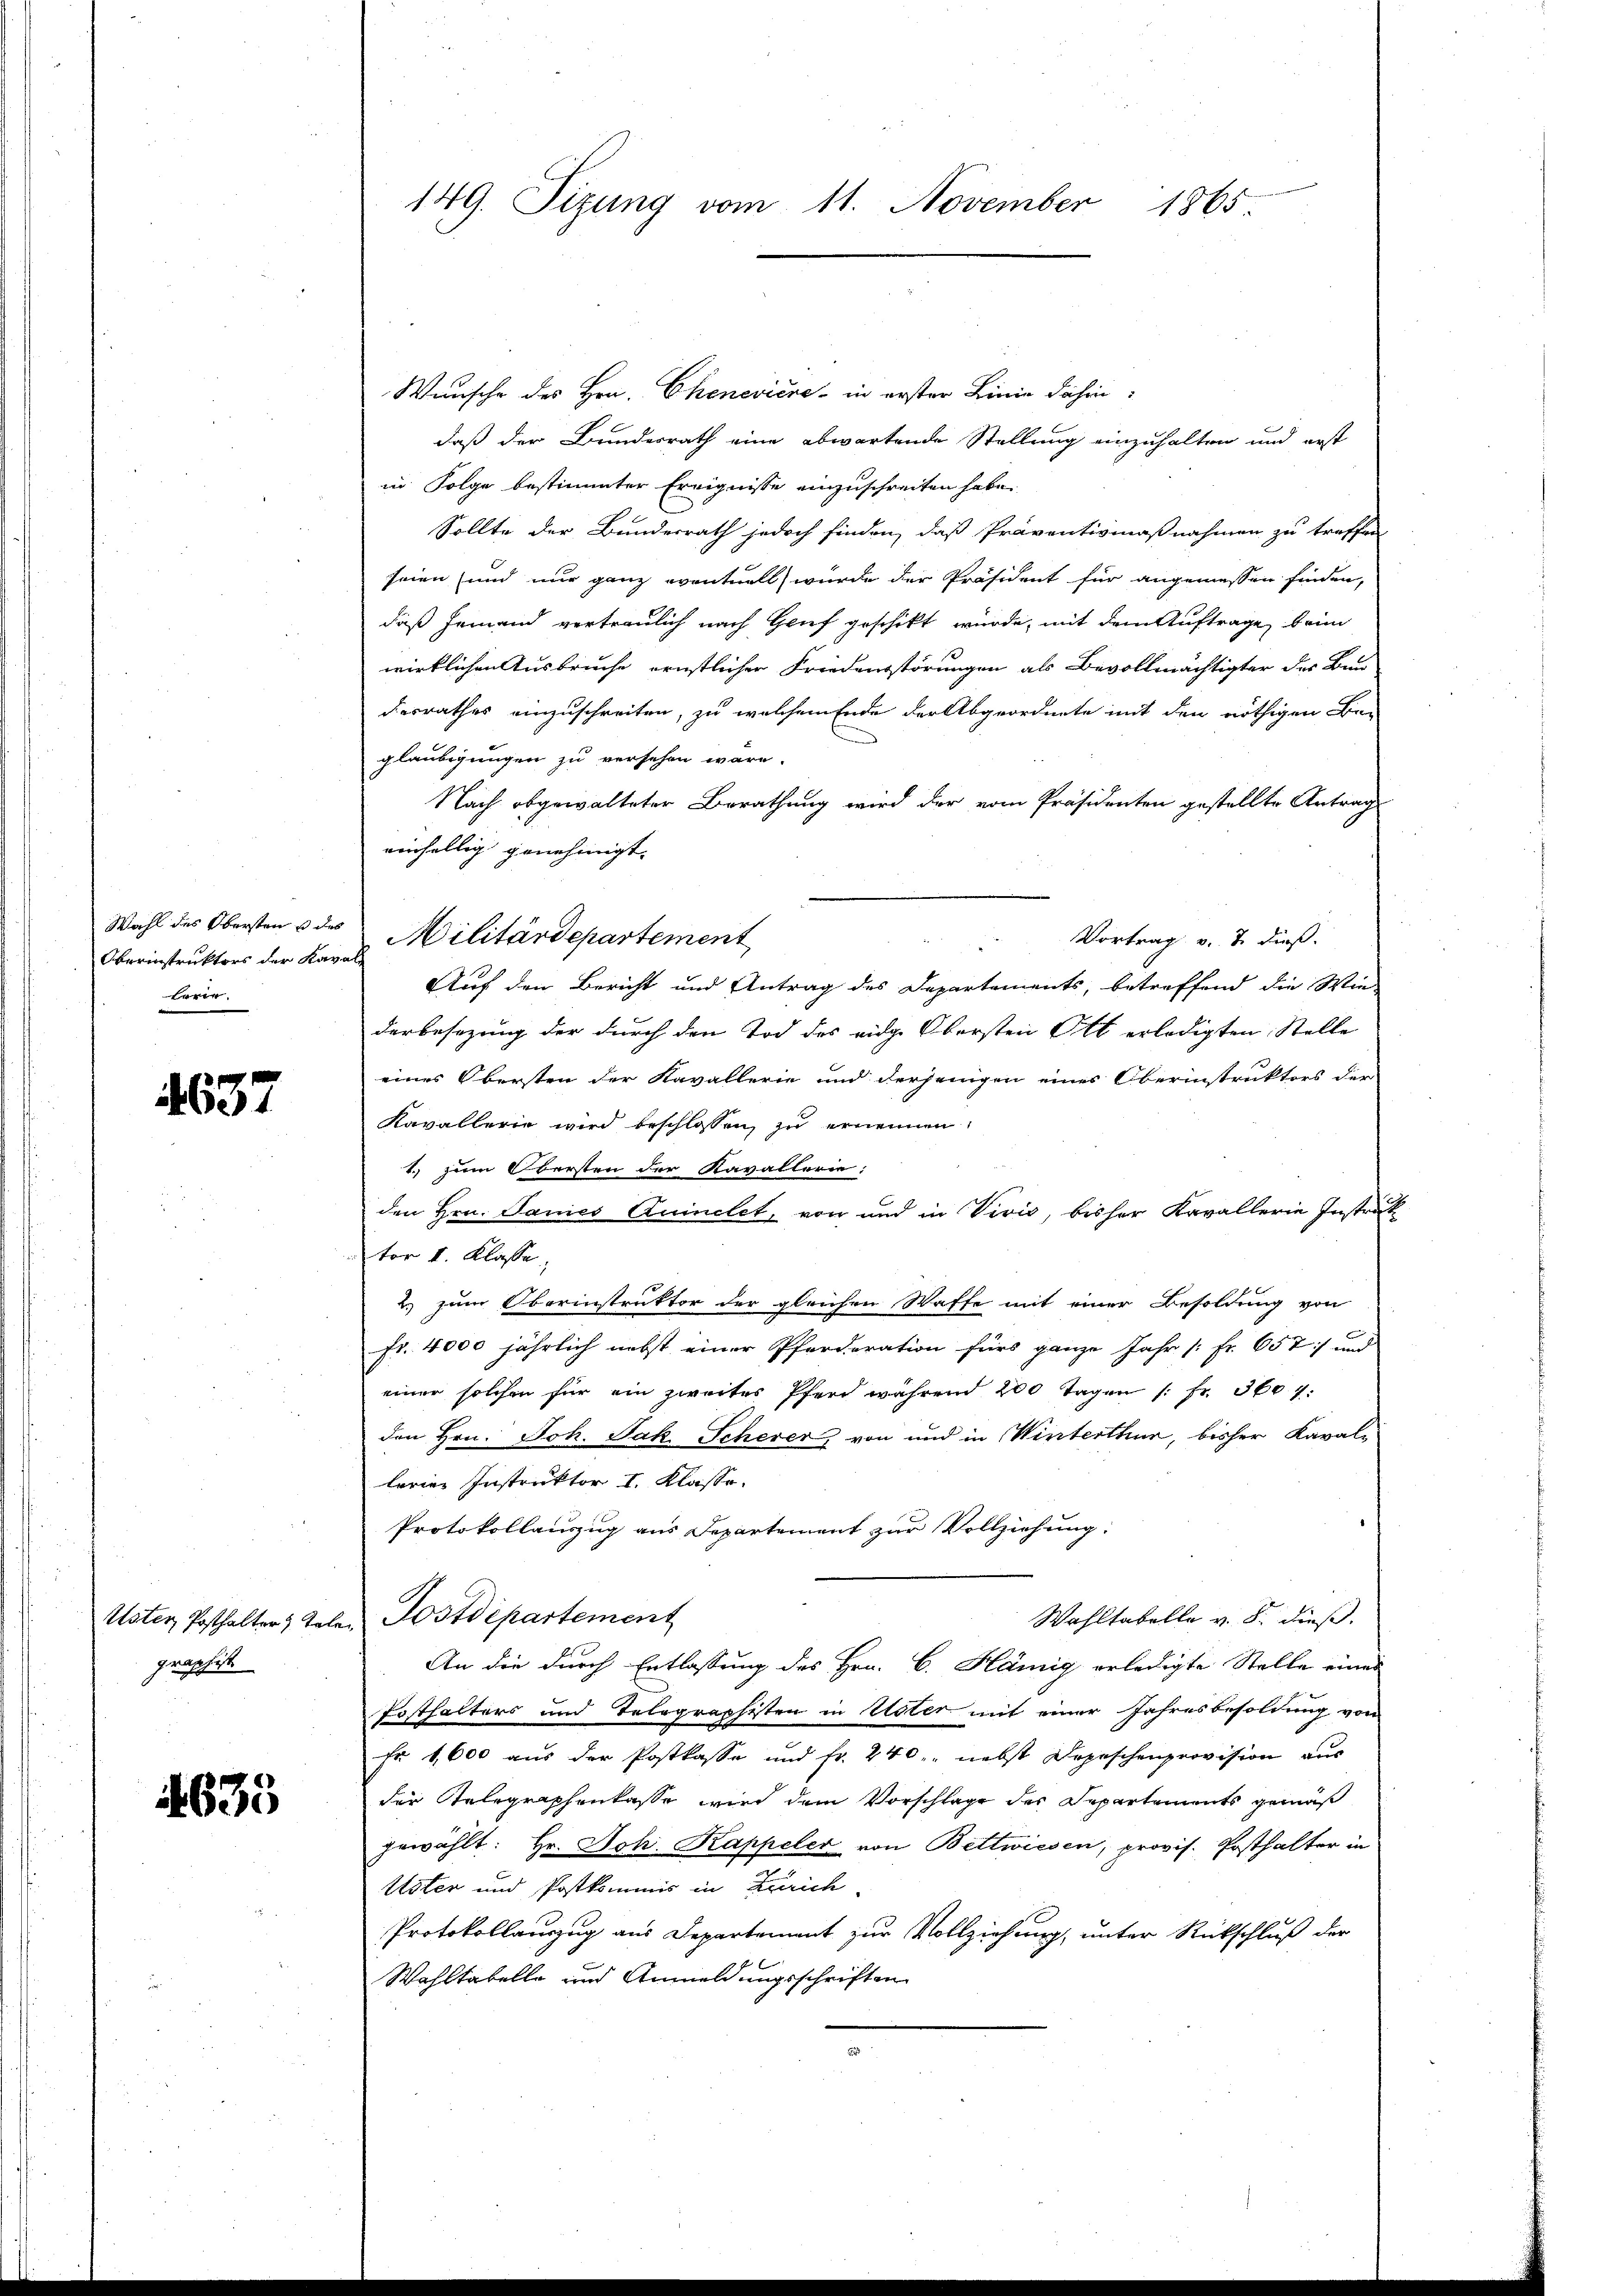
Wahl des Obersten u des
Oberinstruktors der Kava
lerie.

4657

Uster Posthalter Tel
graphist

1635

149. Sizung vom 11. November 1865.

Wunsche des Hrn. Chenevière in erster Linie dahin:
daß der Bundesrath eine abwartende Stellung einzuhalten und erst
in Folge bestimmter Ereignisse einzuschreiten habe.
Sollte der Bundesrath jedoch finden, daß Präventivmaßnahmen zu treffen
seien (und nur ganz eventuell wurde der Präsident für angemessen finden,
daß jemand vertraulich nach Grif geschikt wurde, mit dem Auftrage brin
wirklichen Ausbruche ernstlicher Friedensstörungen als Bevollmächtigter des Bau-
desrathes einzuschreiten, zu welchem Ende der Abgeordnete mit den nöthigen Be-
glaubigungen zu versehen wäre.
Nach abgewalteter Berathung wird der vom Präsidenten gestellte Antrag
einhellig genehmigt.
Militärdepartement
Vortrag v. J. dieß.
Auf den Bericht und Antrag des Departements, betreffend die Wie-
derbesezung der durch den Tod des eidg. Obersten Ott erledigten Stelle
eines Obersten der Kavallerie und derjenigen eines Oberinstruktors der
Kavallerie wird beschlossen, zu ernennen,
4. zum Obersten der Kavallerie:
den Hrn. Janes Quinclet, von und in Vivić, bisher Kavallerie Instruk
tor I. Klasse.
2.) zum Oberinstruktor der gleichen Waffe mit einer Besoldung von
fr. 4000 jährlich nebst einer Pferderation fürs ganze Jahr [: Fr. 657 und
einer solchen für ein zweites Pferd während 200 Tagen /: Fr. 360 f:
den Hrn. Joh. Jak. Schever, von und in Winterthur, bisher Kavale
lerien Instruktor I. Klasse.
Protokollanzug aus Departement zur Vollziehung:
Postdepartement
Wahltabelle v. 8. dieß.
An die durch Entlassung des Hrn. C. Hämig erledigte Stelle einer
Posthalters und Telegraphisten in Uster mit einer Jahresbesoldung von
Fr 1,600 aus der Postkasse und fr. 240. nebst Depeschenprovision aus
der Telegraphenkasse wird dem Vorschlage der Departements gemäß
gewählt: Hr. Joh. Kappeler von Bettwiesen, provis. Posthalter in
Uster und Postkommis in Zürich
Protokollauszug aus Departement zur Vollziehung, unter Rückschluß der
Wahltabelle und Anmeldungsschriften
.